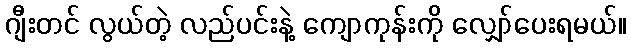
ဂျီးတင် လွယ်တဲ့ လည်ပင်းနဲ့ ကျောကုန်းကို လျှော်ပေးရမယ်။